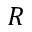
R